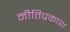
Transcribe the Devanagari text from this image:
नीतिप्रकाश